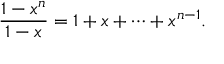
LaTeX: { \frac { 1 - x ^ { n } } { 1 - x } } = 1 + x + \cdots + x ^ { n - 1 } .